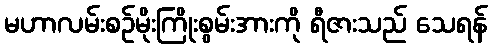
မဟာလမ်းစဉ်မိုးကြိုးစွမ်းအားကို ရီဇားသည် သေရန်